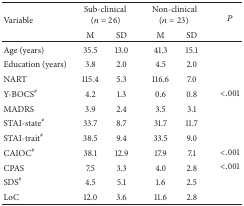
<table><thead><tr><td rowspan="2"><b>Variable</b></td><td colspan="2"><b>Sub-clinical (<i>n</i> = 26)</b></td><td colspan="2"><b>Non-clinical (<i>n</i> = 23)</b></td><td rowspan="2"><b><i>P</i></b></td></tr><tr><td><b>M</b></td><td><b>SD</b></td><td><b>M</b></td><td><b>SD</b></td></tr></thead><tbody><tr><td>Age (years)</td><td>35.5</td><td>13.0</td><td>41.3</td><td>15.1</td><td> </td></tr><tr><td>Education (years)</td><td>3.8</td><td>2.0</td><td>4.5</td><td>2.0</td><td> </td></tr><tr><td>NART</td><td>115.4</td><td>5.3</td><td>116.6</td><td>7.0</td><td> </td></tr><tr><td>Y-BOCS<sup>#</sup></td><td>4.2</td><td>1.3</td><td>0.6</td><td>0.8</td><td>&lt;.001</td></tr><tr><td>MADRS</td><td>3.9</td><td>2.4</td><td>3.5</td><td>3.1</td><td> </td></tr><tr><td>STAI-state<sup>#</sup></td><td>33.7 </td><td>8.7 </td><td>31.7 </td><td>11.7 </td><td> </td></tr><tr><td>STAI-trait<sup>#</sup></td><td>38.5</td><td>9.4</td><td>33.5 </td><td>9.0</td><td> </td></tr><tr><td>CAIOC<sup>#</sup></td><td>38.1</td><td>12.9</td><td>17.9</td><td>7.1</td><td>&lt;.001</td></tr><tr><td>CPAS</td><td>7.5</td><td>3.3</td><td>4.0</td><td>2.8</td><td>&lt;.001</td></tr><tr><td>SDS<sup>#</sup></td><td>4.5</td><td>5.1</td><td>1.6</td><td>2.5</td><td> </td></tr><tr><td>LoC</td><td>12.0</td><td>3.6</td><td>11.6</td><td>2.8</td><td> </td></tr></tbody></table>